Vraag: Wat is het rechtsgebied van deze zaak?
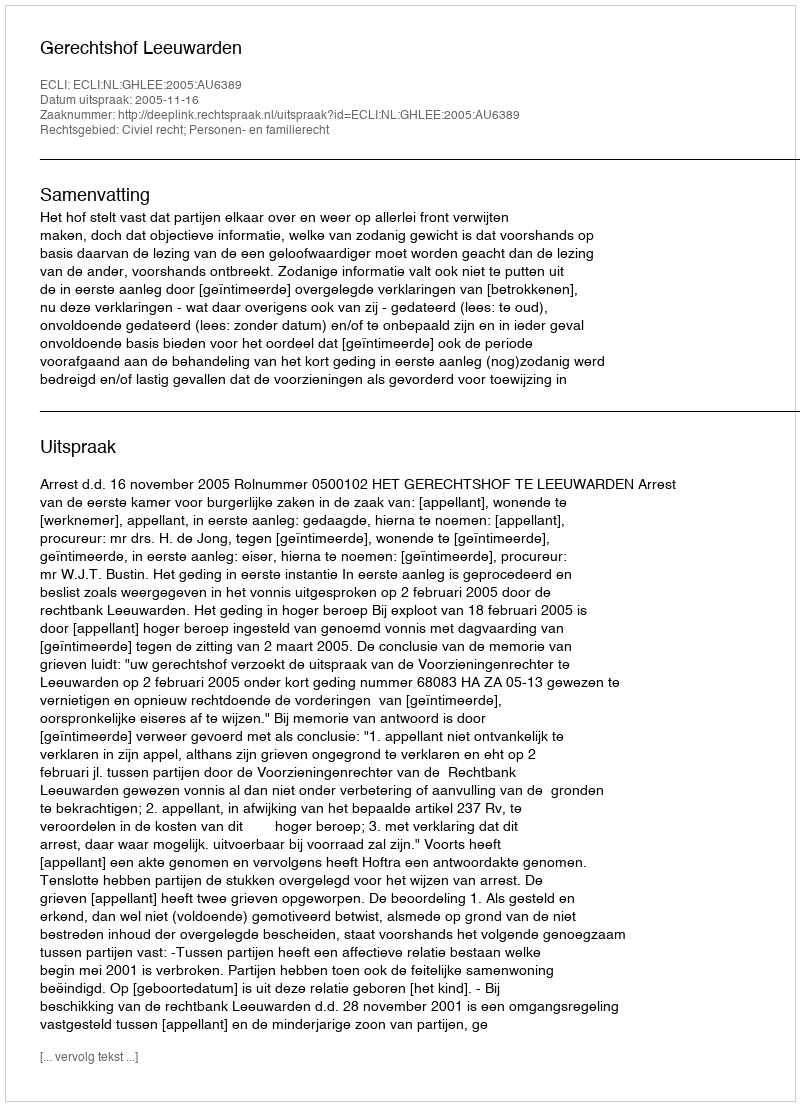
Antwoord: Civiel recht; Personen- en familierecht